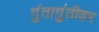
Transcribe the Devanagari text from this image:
गुंतागुंतीवर